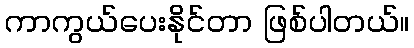
ကာကွယ်ပေးနိုင်တာ ဖြစ်ပါတယ်။